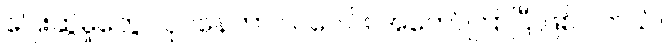
ပြေးဆွဲမှုတွေ လုပ်နေတာ လပေါင်း အတော်ကြာပြီ ဖြစ်ပါတယ်။